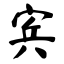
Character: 宾